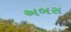
અબસ